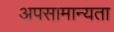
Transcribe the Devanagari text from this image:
अपसामान्यता